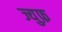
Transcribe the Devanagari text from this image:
ज्युफ़